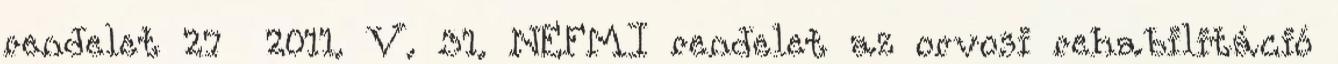
rendelet 27 2011. V. 31. NEFMI rendelet az orvosi rehabilitáció